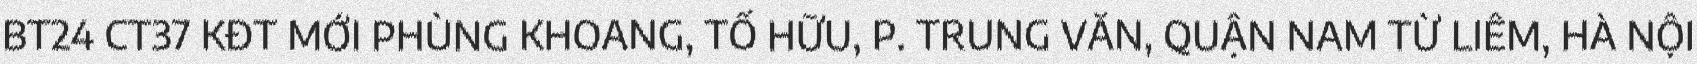
BT24 CT37 KĐT MỚI PHÙNG KHOANG, TỐ HỮU, P. TRUNG VĂN, QUẬN NAM TỪ LIÊM, HÀ NỘI